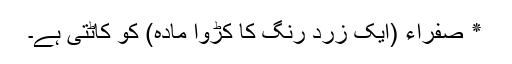
٭ صفراء (ایک زرد رنگ کا کڑوا مادہ) کو کاٹتی ہے۔